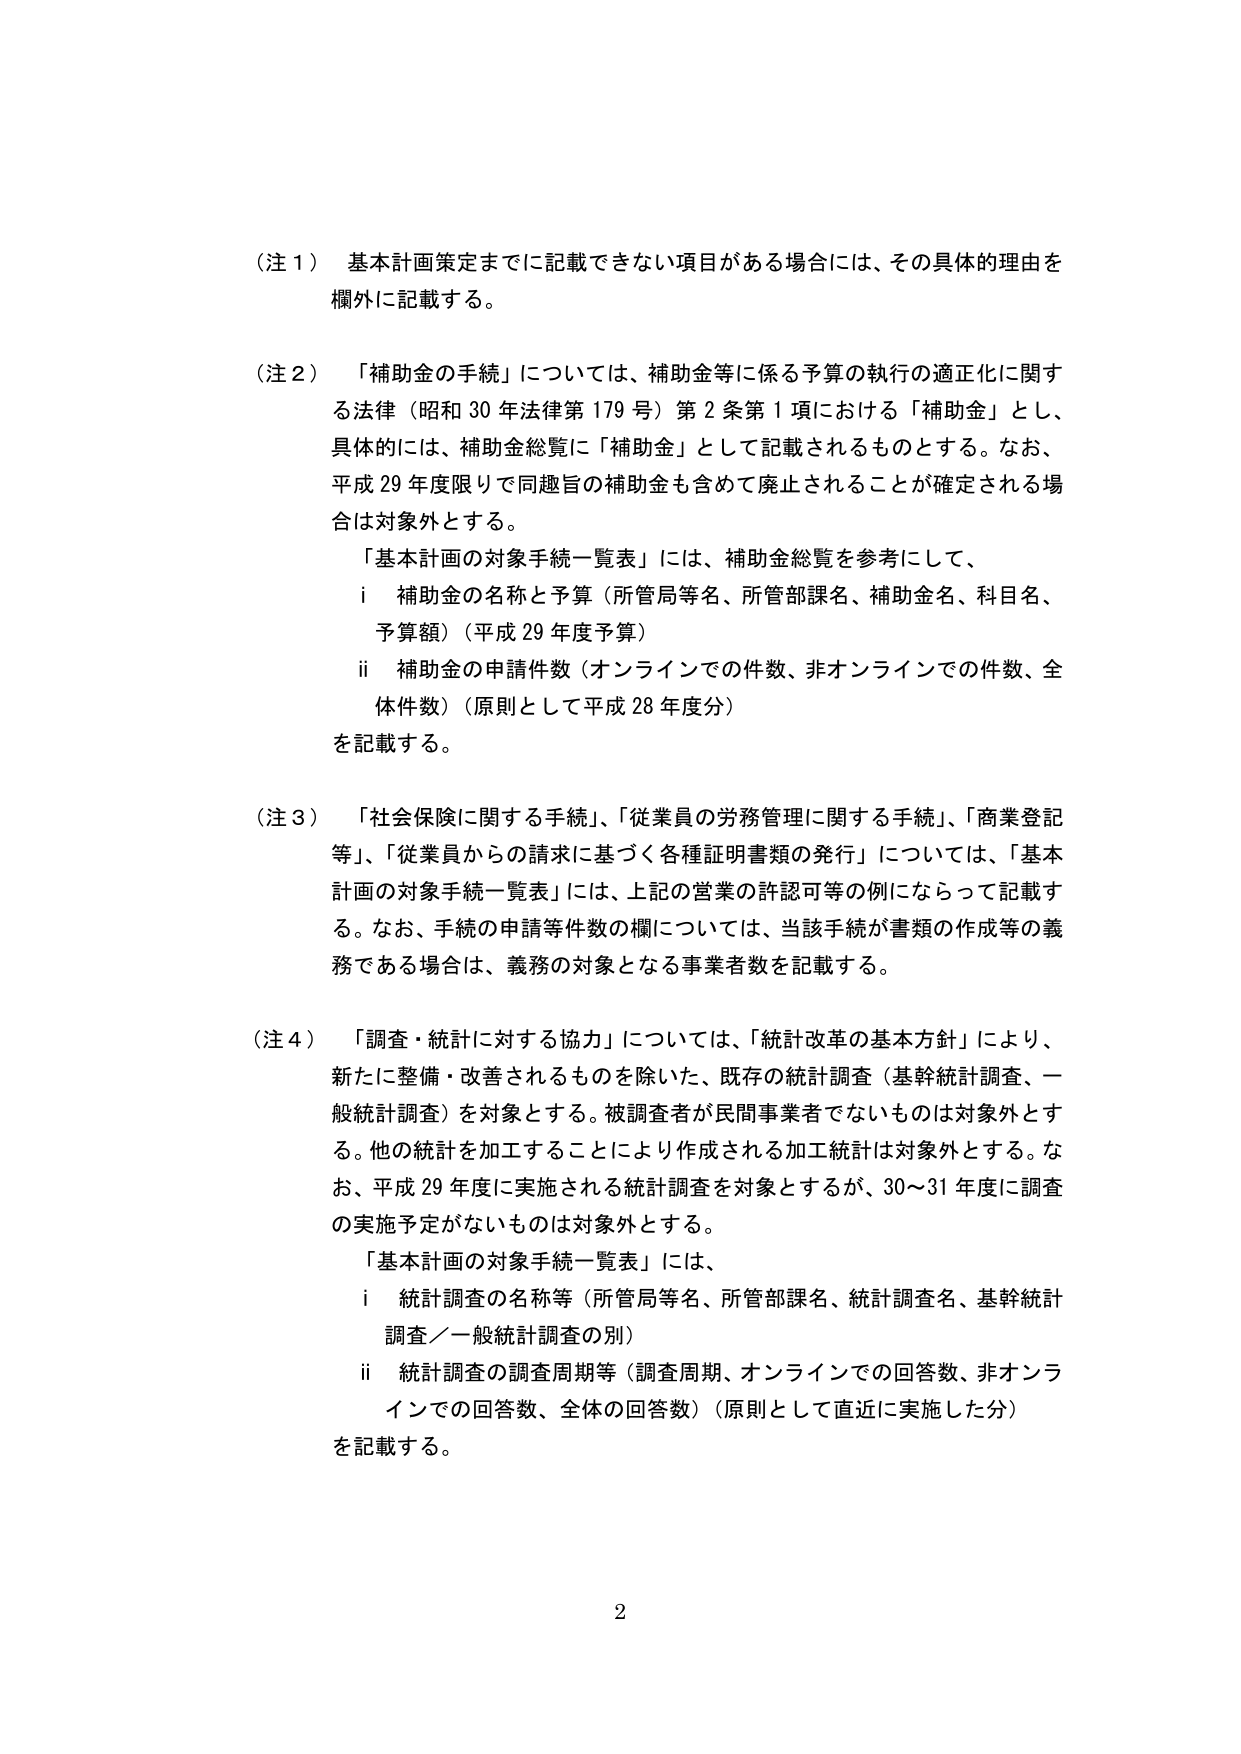
（注１） 基本計画策定までに記載できない項目がある場合には、その具体的理由を欄外に記載する。

（注２） 「補助金の手続」については、補助金等に係る予算の執行の適正化に関する法律（昭和30年法律第179号）第2条第1項における「補助金」とし、具体的には、補助金総覧に「補助金」として記載されるものとする。なお、平成29年度限りで同趣旨の補助金も含めて廃止されることが確定される場合は対象外とする。
　「基本計画の対象手続一覧表」には、補助金総覧を参考にして、
　　i 補助金の名称と予算（所管局等名、所管部課名、補助金名、科目名、予算額）（平成29年度予算）
　　ii 補助金の申請件数（オンラインでの件数、非オンラインでの件数、全体件数）（原則として平成28年度分）
を記載する。

（注３） 「社会保険に関する手続」、「従業員の労務管理に関する手続」、「商業登記等」、「従業員からの請求に基づく各種証明書類の発行」については、「基本計画の対象手続一覧表」には、上記の営業の許認可等の例にならって記載する。なお、手続の申請等件数の欄については、当該手続が書類の作成等の義務である場合は、義務の対象となる事業者数を記載する。

（注４） 「調査・統計に対する協力」については、「統計改革の基本方針」により、新たに整備・改善されるものを除いた、既存の統計調査（基幹統計調査、一般統計調査）を対象とする。被調査者が民間事業者でないものは対象外とする。他の統計を加工することにより作成される加工統計は対象外とする。なお、平成29年度に実施される統計調査を対象とするが、30～31年度に調査の実施予定がないものは対象外とする。
　「基本計画の対象手続一覧表」には、
　　i 統計調査の名称等（所管局等名、所管部課名、統計調査名、基幹統計調査／一般統計調査の別）
　　ii 統計調査の調査周期等（調査周期、オンラインでの回答数、非オンラインでの回答数、全体の回答数）（原則として直近に実施した分）
を記載する。

2